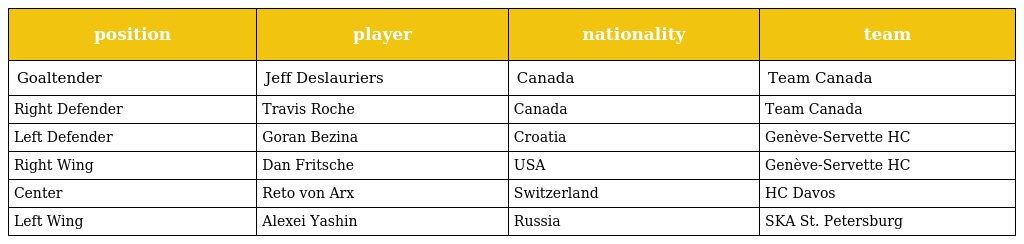
| position | player | nationality | team |
 | --- | --- | --- | --- |
 | Goaltender | Jeff Deslauriers | Canada | Team Canada |
 | Right Defender | Travis Roche | Canada | Team Canada |
 | Left Defender | Goran Bezina | Croatia | Genève-Servette HC |
 | Right Wing | Dan Fritsche | USA | Genève-Servette HC |
 | Center | Reto von Arx | Switzerland | HC Davos |
 | Left Wing | Alexei Yashin | Russia | SKA St. Petersburg |